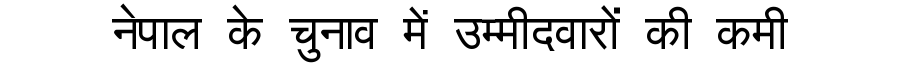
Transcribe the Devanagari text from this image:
नेपाल के चुनाव में उम्मीदवारों की कमी